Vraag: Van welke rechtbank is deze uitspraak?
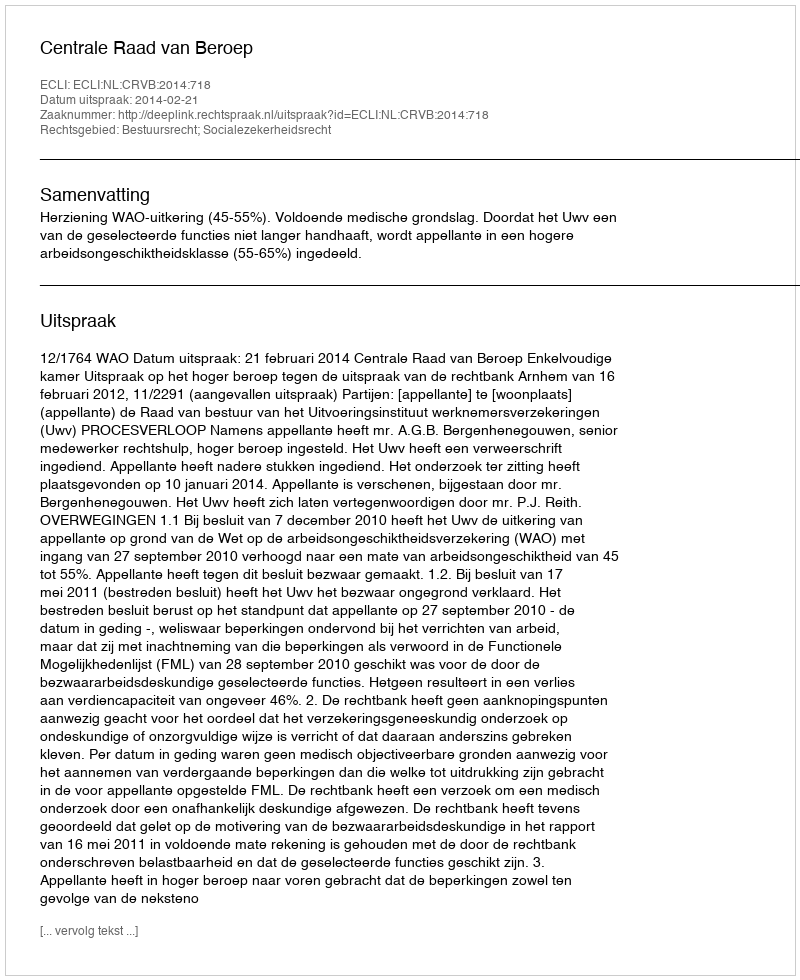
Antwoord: Centrale Raad van Beroep